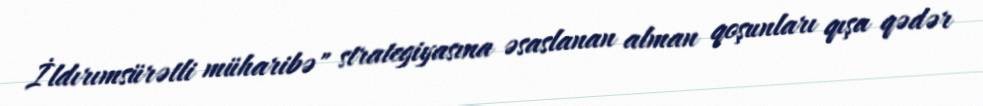
İldırımsürətli müharibə" strategiyasına əsaslanan alman qoşunları qışa qədər